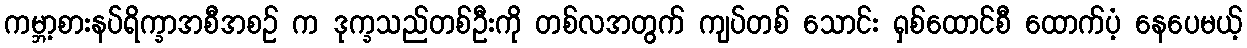
ကမ္ဘာ့စားနပ်ရိက္ခာအစီအစဉ် က ဒုက္ခသည်တစ်ဦးကို တစ်လအတွက် ကျပ်တစ် သောင်း ရှစ်ထောင်စီ ထောက်ပံ့ နေပေမယ့်